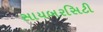
સાયબરસિટી